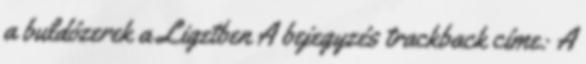
a buldózerek a Ligetben A bejegyzés trackback címe: A